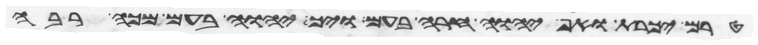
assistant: טרם יכרת ואף יהוה חרה בעם ויך יהוה בעם מכה רבה